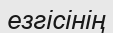
езгісінің